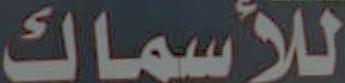
للأسماك